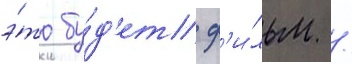
э́то бу́д'ет ф'и́льм /